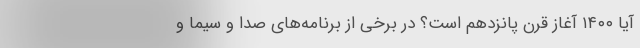
آیا ۱۴۰۰ آغاز قرن پانزدهم است؟ در برخی از برنامه‌های صدا و سیما و